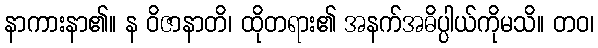
နာကားနာ၏။ န ဝိဇာနာတိ၊ ထိုတရား၏ အနက်အဓိပ္ပါယ်ကိုမသိ။ တဝ၊